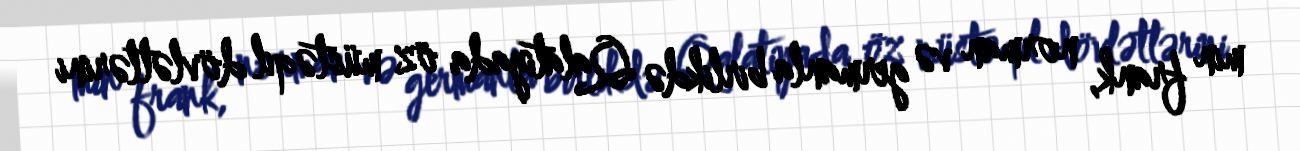
min frank, norman və germanla birlikdə Qalatiyada öz müstəqil dövlətlərini